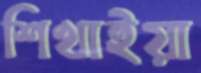
শিখাইয়া